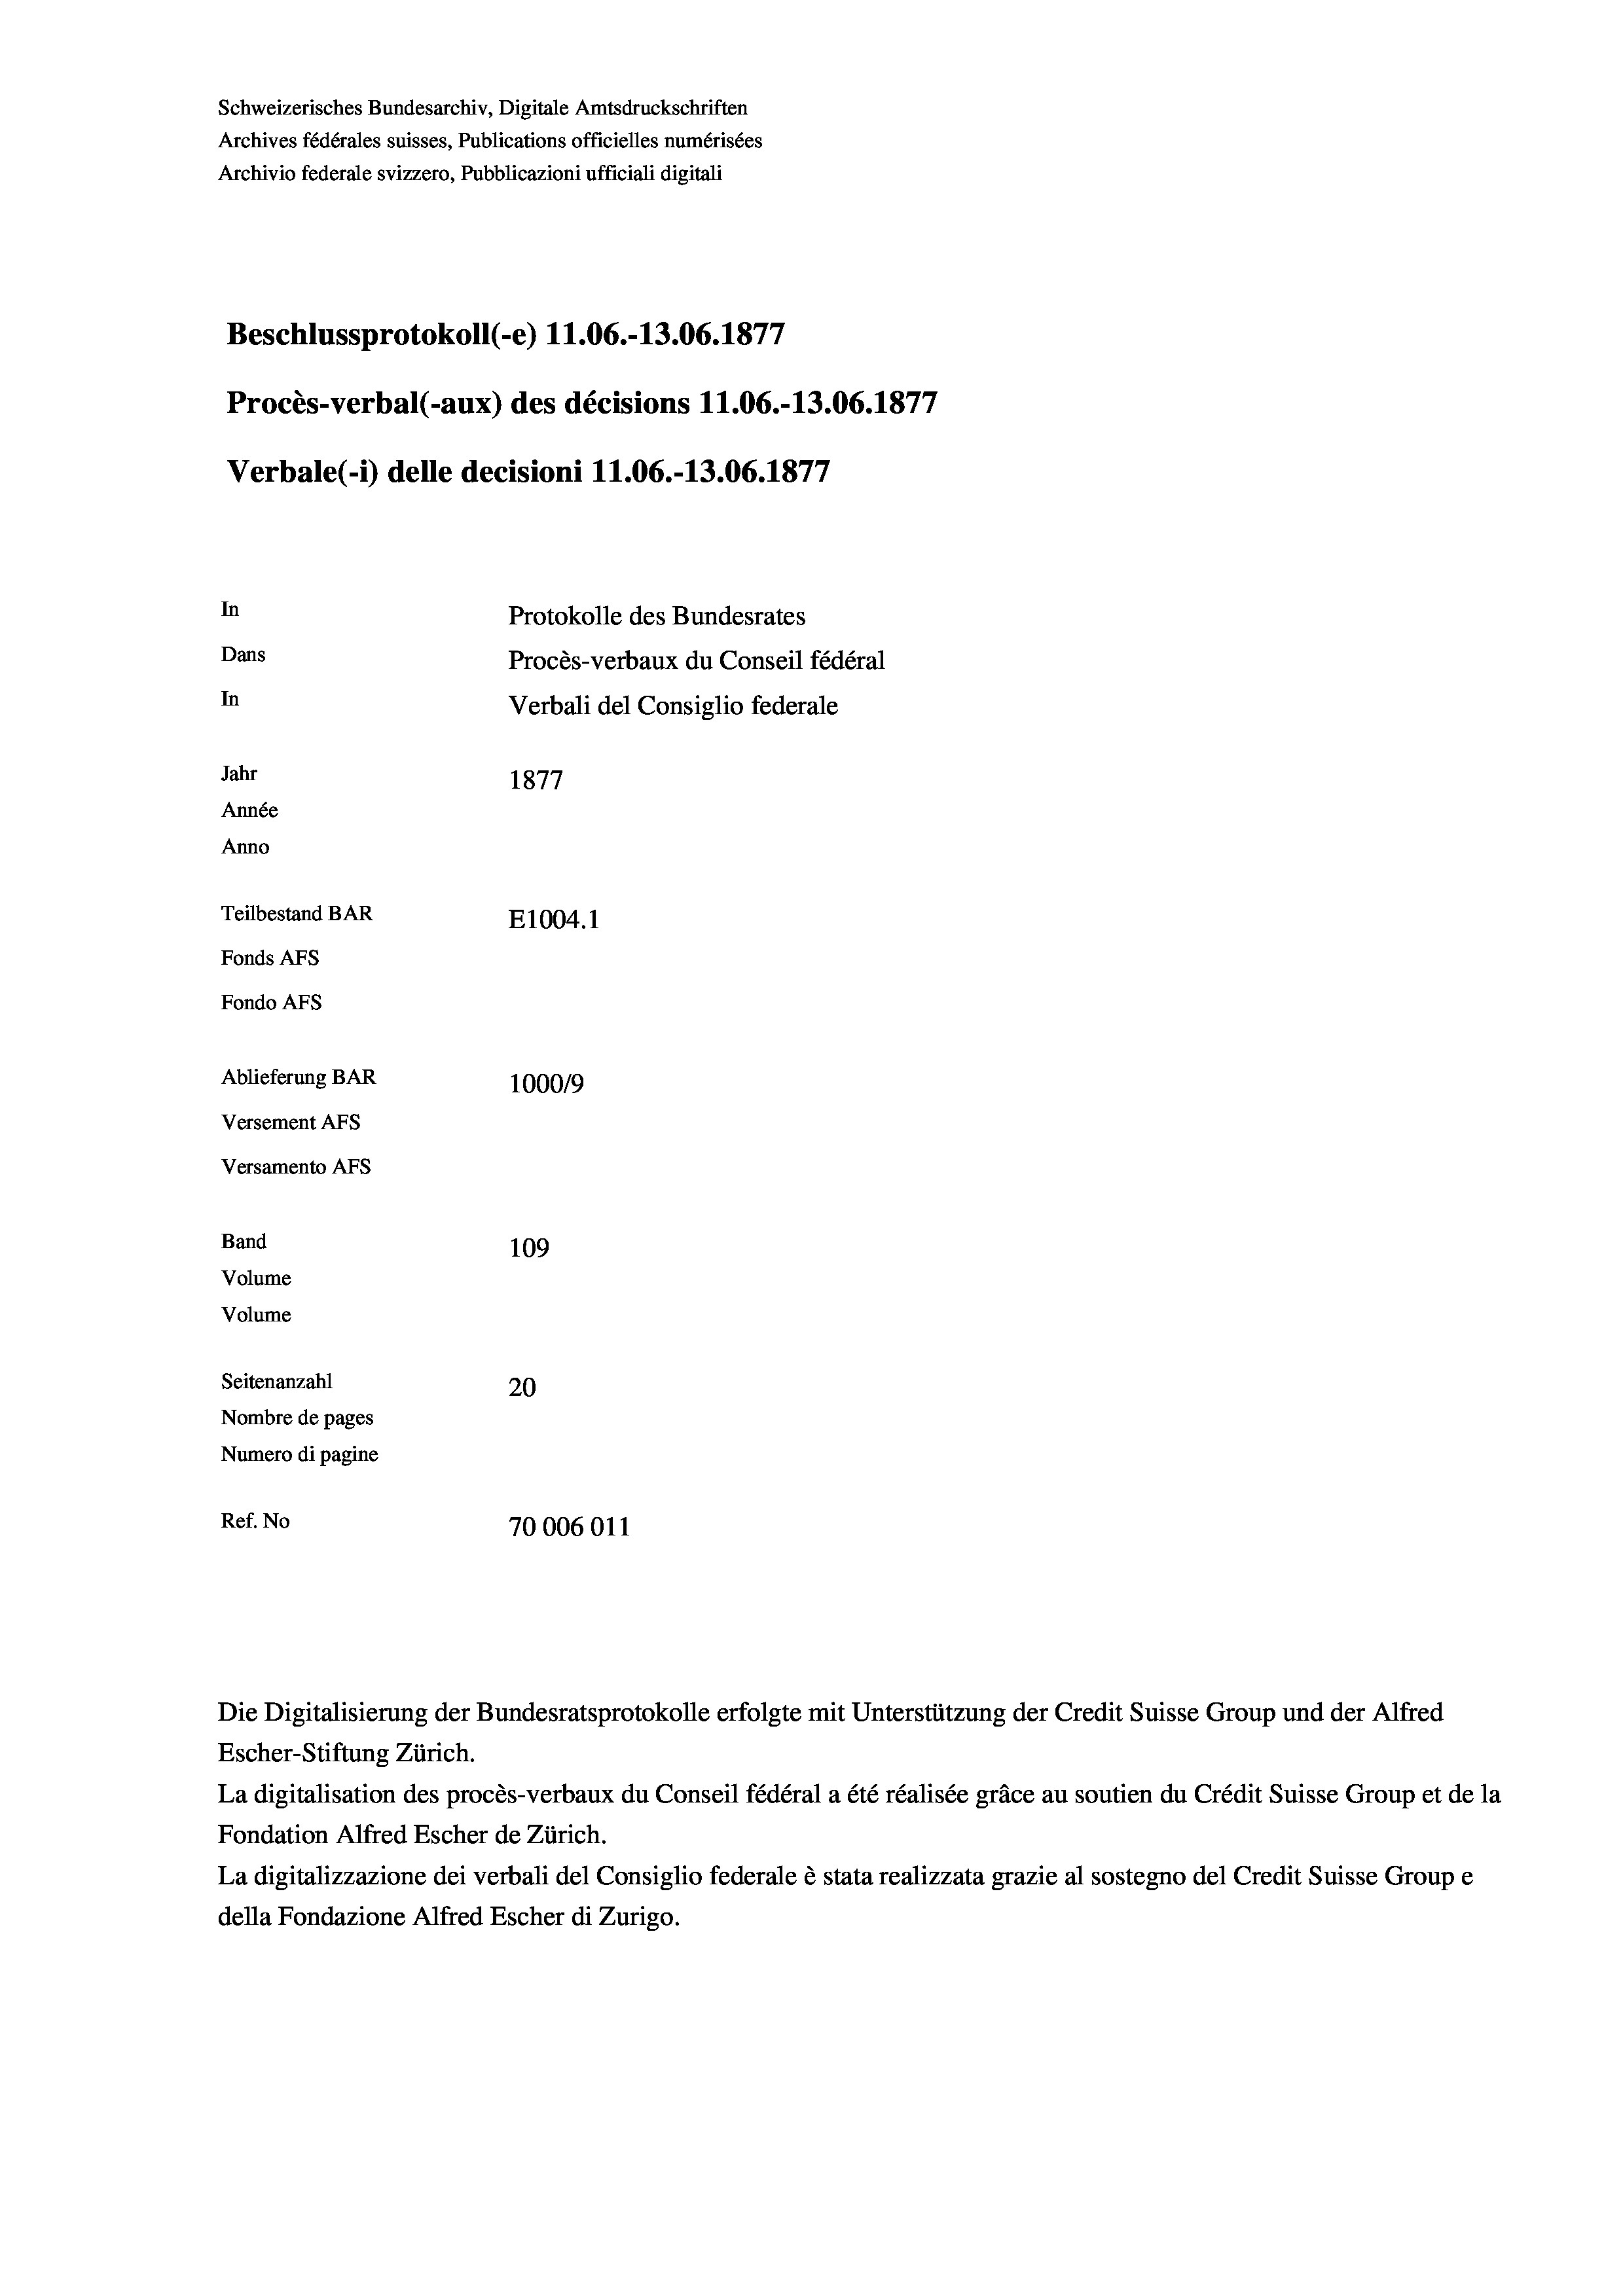
1
Beschlussprotokoll (-e) 11.06.-13.06. 1877
In
Protokolle des Bundesrates
Dans
Procès-verbaux du Conseil fédéral
In
Verbali del Consiglio federale
Jahr
1877
Année
Anno
Teilbestand BAR
E1004.1
Fonds AFs
Fondo AFs
Ablieferung BAR
100019
Versement AFs

109
Seitenanzahl
20
Nombre de pages
Numero di pagine
Ref. No
70006011

Versamento AFs
Band
Volume
Volume

Schweizerisches Bundesarchiv, Digitale Amtsdruckschriften
Archives fédérales suisses, Publications officielles numérisées

Procès-verbal (-aux) des décisions 11.06.-13.06. 1877
Verbale(-*) delle decisioni 11.06.-13.06. 1877

Die Digitalisierung der Bundesratsprotokolle erfolgte mit Unterstützung der Credit Suisse Group und der Alfred
Escher-Stiftung Zürich.
La digitalisation des procès-verbaux du Conseil fédéral a été réalisée gräce au soutien du Crédit Suisse Group et de la
Fondation Alfred Escher de Zürich.
La digitalizzazione dei verbali del Consiglio federale è stata realizzata grazie al sostegno del Credit Suisse Groupe
della Fondazione Alfred Escher di Zurigo.

Archivio federale svizzero, Pubblicazioni ufficiali digitali